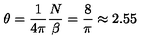
\theta = \frac { 1 } { 4 \pi } \frac { N } { \beta } = \frac { 8 } { \pi } \approx 2 . 5 5